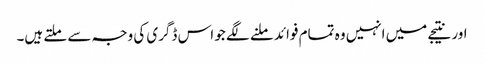
اور نتیجے میں انہیں وہ تمام فوائد ملنے لگے جو اس ڈگری کی وجہ سے ملتے ہیں۔